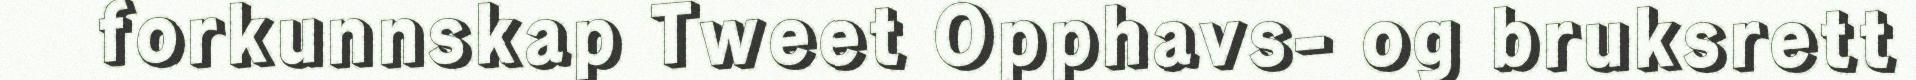
forkunnskap Tweet Opphavs- og bruksrett